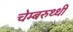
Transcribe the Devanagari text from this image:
चेम्बरुथ्थी